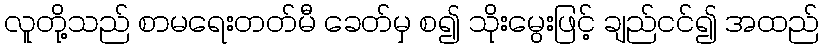
လူတို့သည် စာမရေးတတ်မီ ခေတ်မှ စ၍ သိုးမွေးဖြင့် ချည်ငင်၍ အထည်